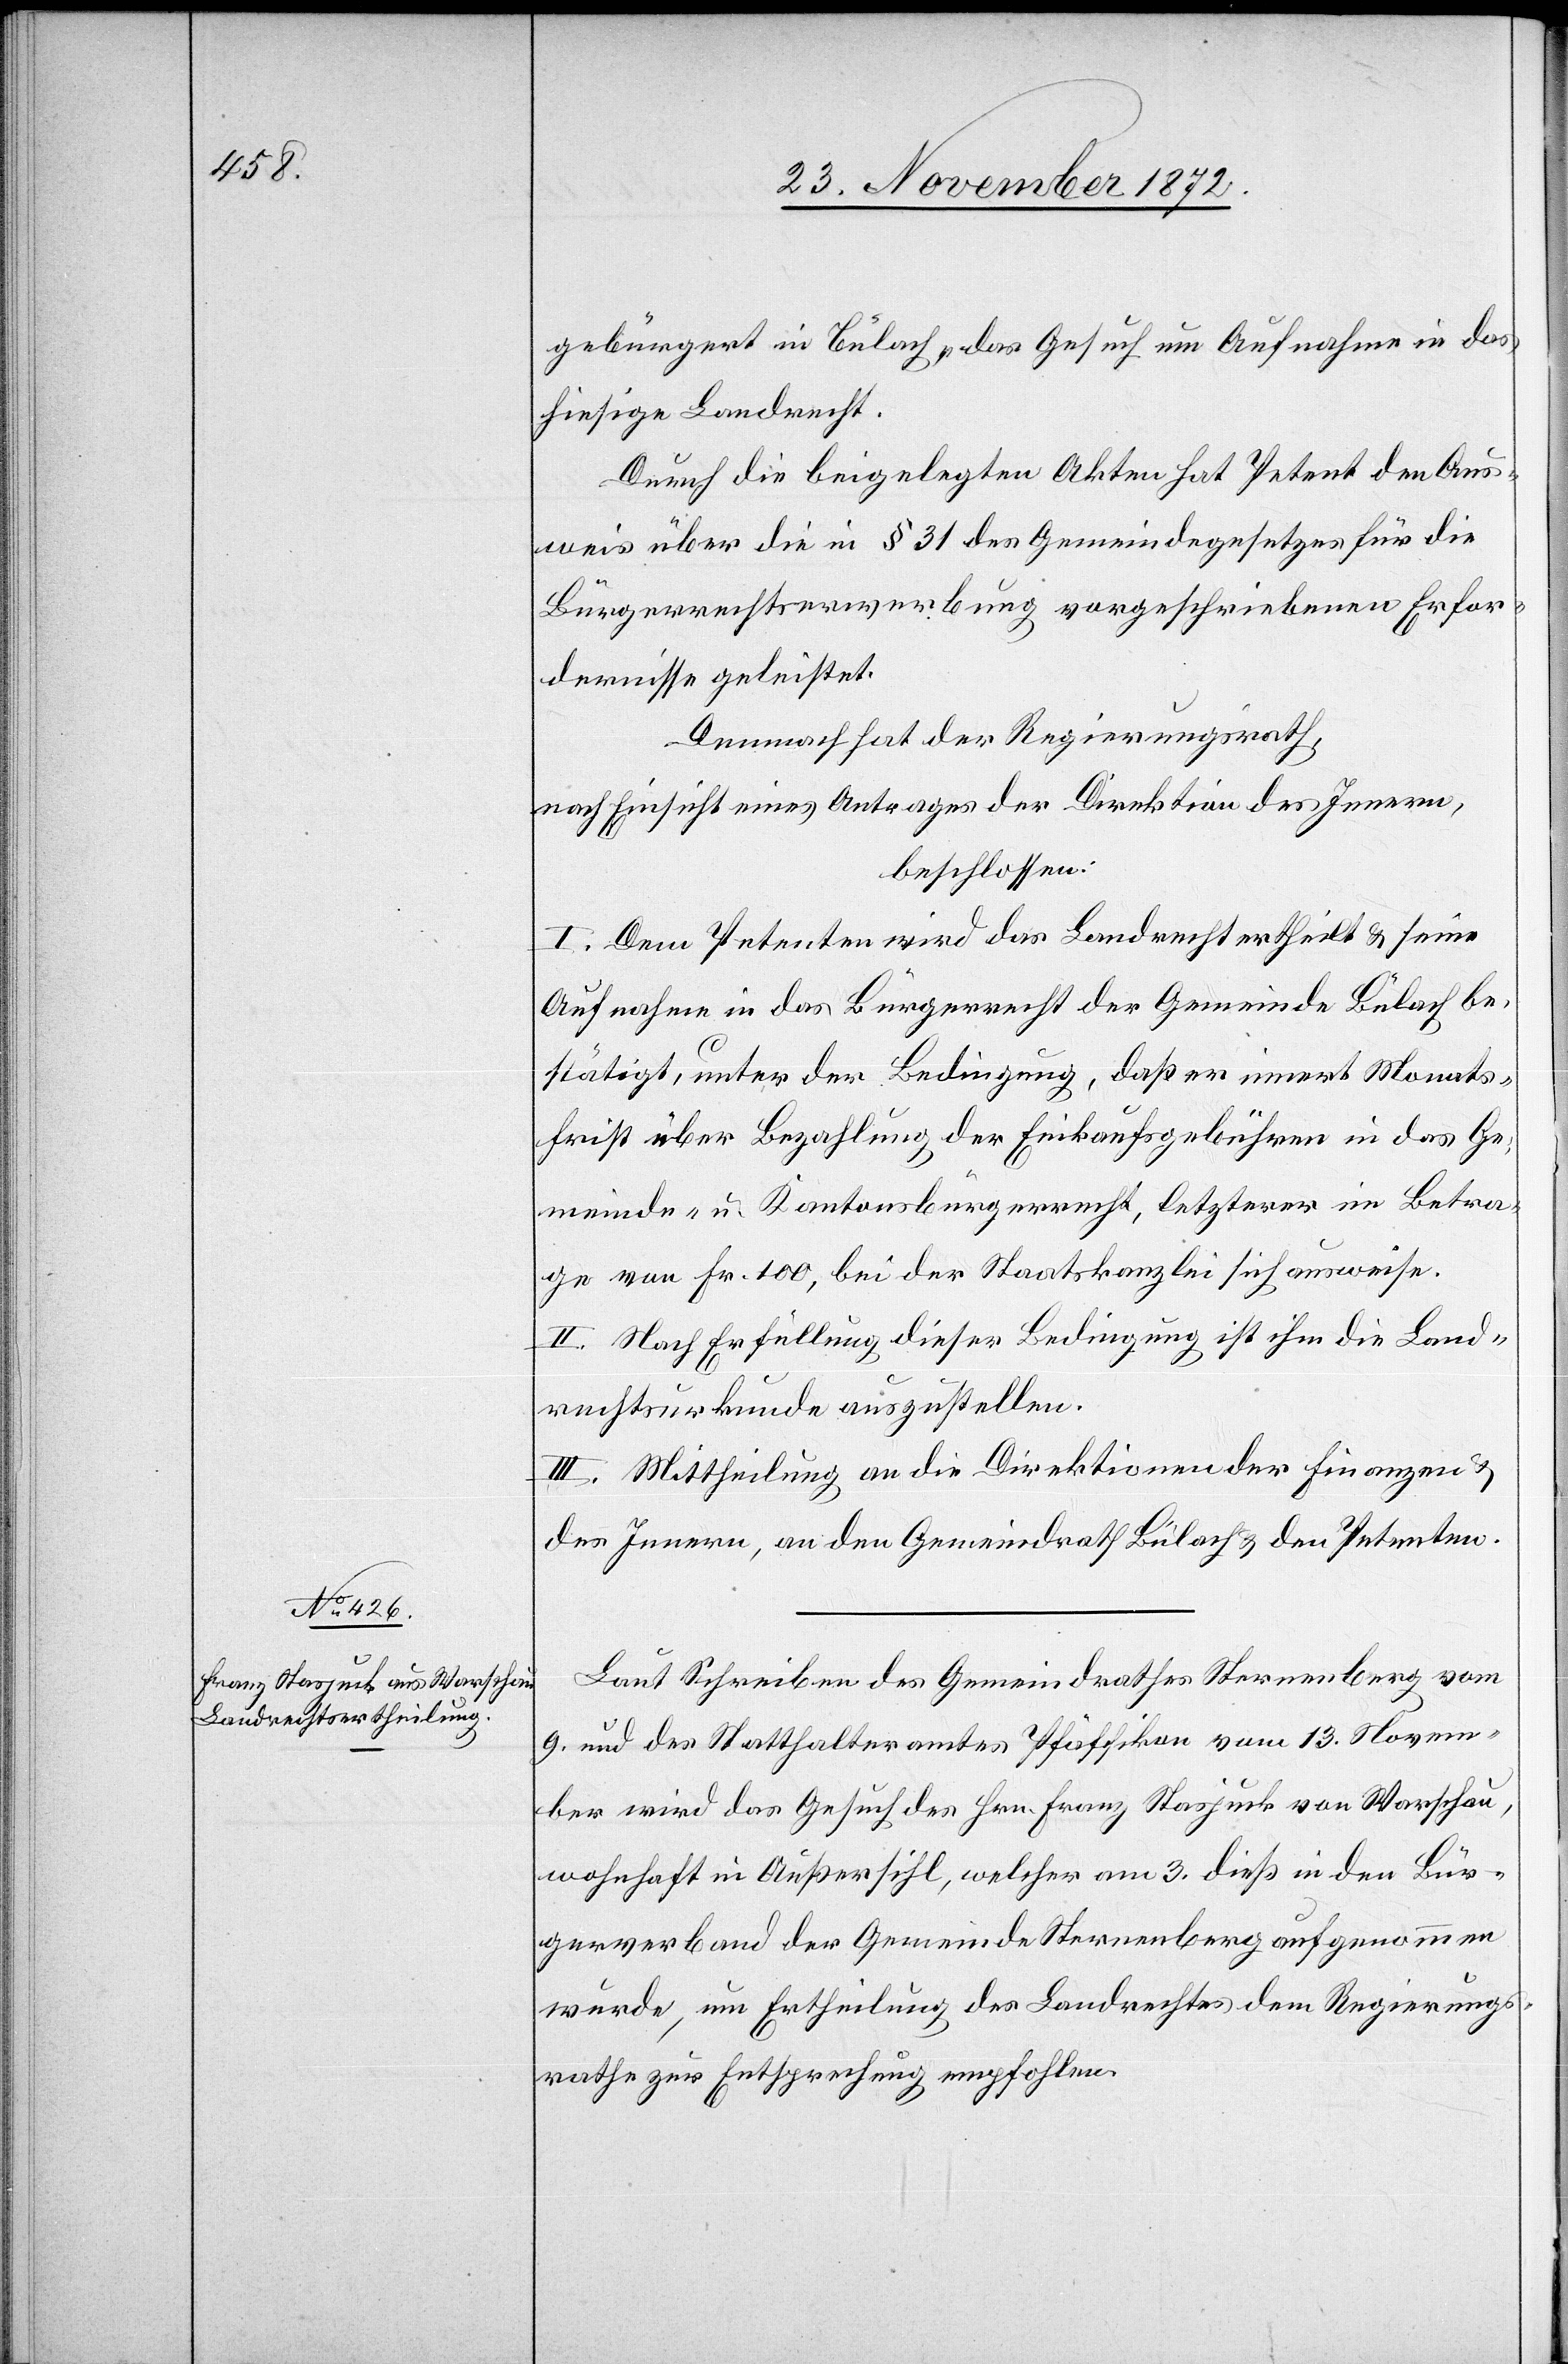
gebürgert in Bülach, das Gesuch um Aufnahme in das
hiesige Landrecht.
Durch die beigelegten Akten hat Petent den Aus¬
weis über die in § 31 des Gemeindegesetzes für die
Bürgerrechtserwerbung vorgeschriebenen Erfor¬
dernisse geleistet.
Demnach hat der Regierungsrath,
nach Einsicht eines Antrages der Direktion des Innern,
beschlossen:
I. Dem Petenten wird das Landrecht ertheilt u. seine
Aufnahme in das Bürgerrecht der Gemeinde Bülach be¬
stätigt, unter der Bedingung, daß er innert Monats¬
frist über Bezahlung der Einkaufsgebühren in das Ge¬
meinde- u. Kantonsbürgerrecht, letzteres im Betra¬
ge von Fr. 100, bei der Staatskanzlei sich ausweise.
II. Nach Erfüllung dieser Bedingung ist ihm die Land¬
rechtsurkunde auszustellen.
III. Mittheilung an die Direktionen der Finanzen u.
des Innern, an den Gemeindrath Bülach u. den Petenten.
Laut Schreiben des Gemeindrathes Sternenberg vom
9. und des Statthalteramtes Pfäffikon vom 13. Novem¬
ber wird das Gesuch des Hrn. Franz Stasjuck von Warschau,
wohnhaft in Außersihl, welcher am 3. dieß in den Bür¬
gerverband der Gemeinde Sternenberg aufgenommen
wurde, um Ertheilung des Landrechtes dem Regierungs¬
rathe zur Entsprechung empfohlen.